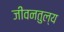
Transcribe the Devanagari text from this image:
जीवनतुल्य